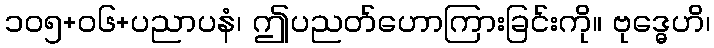
၁၀၅+၀၆+ပညာပနံ၊ ဤပညတ်ဟောကြားခြင်းကို။ ဗုဒ္ဓေဟိ၊